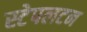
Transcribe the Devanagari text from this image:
स्टेपलटन